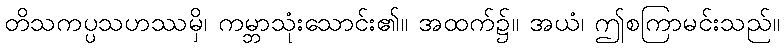
တိသကပ္ပသဟဿမှိ၊ ကမ္ဘာသုံးသောင်း၏။ အထက်၌။ အယံ၊ ဤစကြာမင်းသည်။